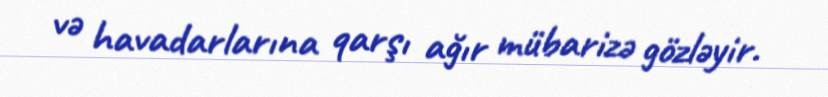
və havadarlarına qarşı ağır mübarizə gözləyir.